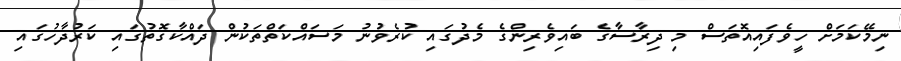
ނިމޭކަމަށް ހީވެފައިއޮތަސް މި ދިރާސާގެ ބައިވެރިންގެ މެދުގައި ކުރެވުނު މަސައްކަތްތަކުން ދައްކާގޮތުގައި ކަރުދާހުގައި